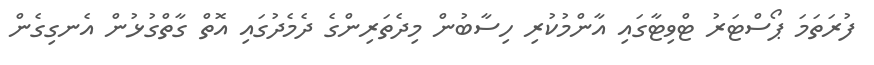
ފުރަތަމަ ޕޯސްޓަރު ޓްވިޓާގައި އާންމުކުރި ހިސާބުން މިދެތަރިންގެ ދެމެދުގައި އޮތް ގާތްގުޅުން އެނގިގެން